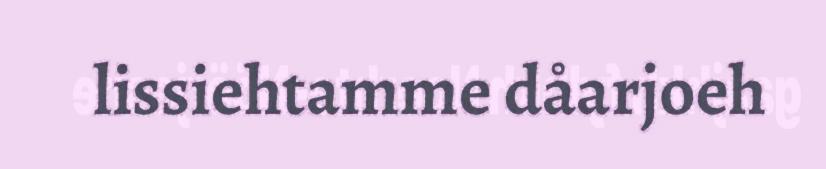
lissiehtamme dåarjoeh